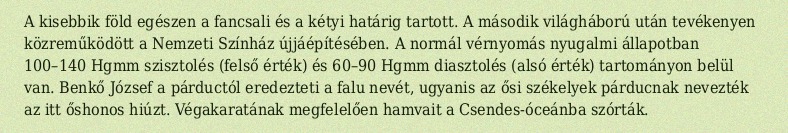
A kisebbik föld egészen a fancsali és a kétyi határig tartott. A második világháború után tevékenyen közreműködött a Nemzeti Színház újjáépítésében. A normál vérnyomás nyugalmi állapotban 100–140 Hgmm szisztolés (felső érték) és 60–90 Hgmm diasztolés (alsó érték) tartományon belül van. Benkő József a párductól eredezteti a falu nevét, ugyanis az ősi székelyek párducnak nevezték az itt őshonos hiúzt. Végakaratának megfelelően hamvait a Csendes-óceánba szórták.